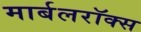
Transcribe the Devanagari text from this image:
मार्बलरॉक्स